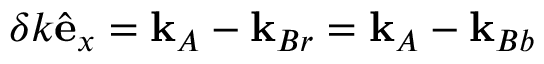
\delta k \hat { \mathbf e } _ { x } = { \mathbf k } _ { A } - { \mathbf k } _ { B r } = { \mathbf k } _ { A } - { \mathbf k } _ { B b }